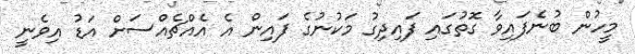
މީހުން ބުނެފައިވާ ގޮތުގައި ފައިދިގު މަކުނުގެ ފައިން އެ އެއްޗެއްސަށް އަޑު އިވެނީ